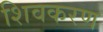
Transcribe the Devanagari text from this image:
शिवकरण